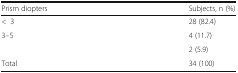
<table><thead><tr><td><b>Prism diopters</b></td><td><b>Subjects, n (%)</b></td></tr></thead><tbody><tr><td>&lt;3</td><td>28 (82.4)</td></tr><tr><td>3–5</td><td>4 (11.7)</td></tr><tr><td>[EMPTY_CELL]</td><td>2 (5.9)</td></tr><tr><td>Total</td><td>34 (100)</td></tr></tbody></table>